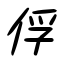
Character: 俘